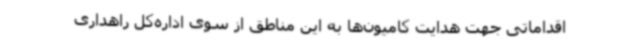
اقداماتی جهت هدایت کامیون‌ها به این مناطق از سوی اداره‌کل راهداری